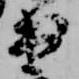
出